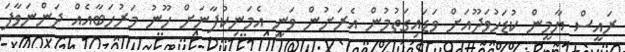
ރައީސް ޔާމީން ކުޑަހުވަދޫއަށް ވަޑައިގަތުމުން އެރަށުން ވަނީ އެމަނިކުފާނަށް ހޫނު މަރުހަބާއެއް ދަންނަވާފަ